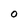
Character: O